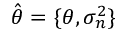
\hat { \boldsymbol { \theta } } = \{ \boldsymbol { \theta } , \sigma _ { n } ^ { 2 } \}